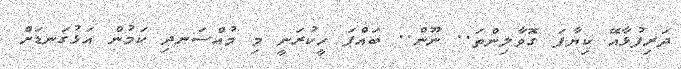
ދަރިފުޅާއޭ ކިޔާފަ ގޮވާލިންތަ.. ނޫން.. ބައްޕަ ހީކުރަނީ މި މުއްސަނދި ކަމުން އަޅުގަނޑަށް